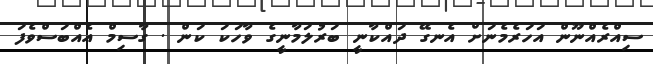
ސިއްރެއްނޫން އަހަރެމެނަށް އެނގޭ ދައްކާނީ ބަރުލަމާނީގެ ވާހަކަ ކަން . ގާސިމް އެއްބަސްވެފަ